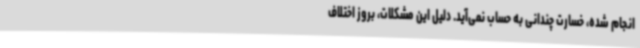
انجام شده، خسارت چندانی به حساب نمی‌آید. دلیل این مشکلات، بروز اختلاف